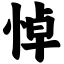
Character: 悼